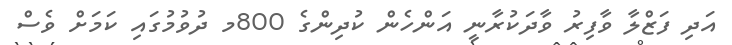
އަދި ފަޒްލާ ވާފިރު ވާދަކުރާނީ އަންހެން ކުދިންގެ 800މ ދުވުމުގައި ކަމަށް ވެސް